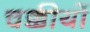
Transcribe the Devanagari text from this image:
चक्कीयों